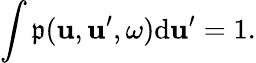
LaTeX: \int\mathfrak{p}(\boldsymbol{\mathbf{{u}}},\boldsymbol{\mathbf{{u}}}^{\prime},\omega)\mathrm{{d}}\boldsymbol{\mathbf{{u}}}^{\prime}=1.